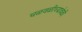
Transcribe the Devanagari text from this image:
चळवळीच्यावेळी